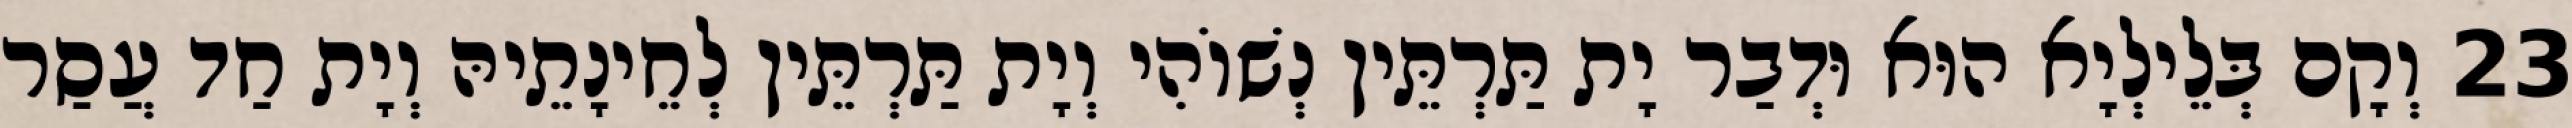
23 וְקָם בְּלֵילְיָא הוּא וּדְבַר יָת תַּרְתֵּין נְשׁוֹהִי וְיָת תַּרְתֵּין לְחֵינָתֵיהּ וְיָת חַד עֲסַר